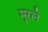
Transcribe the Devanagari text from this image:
मूरले